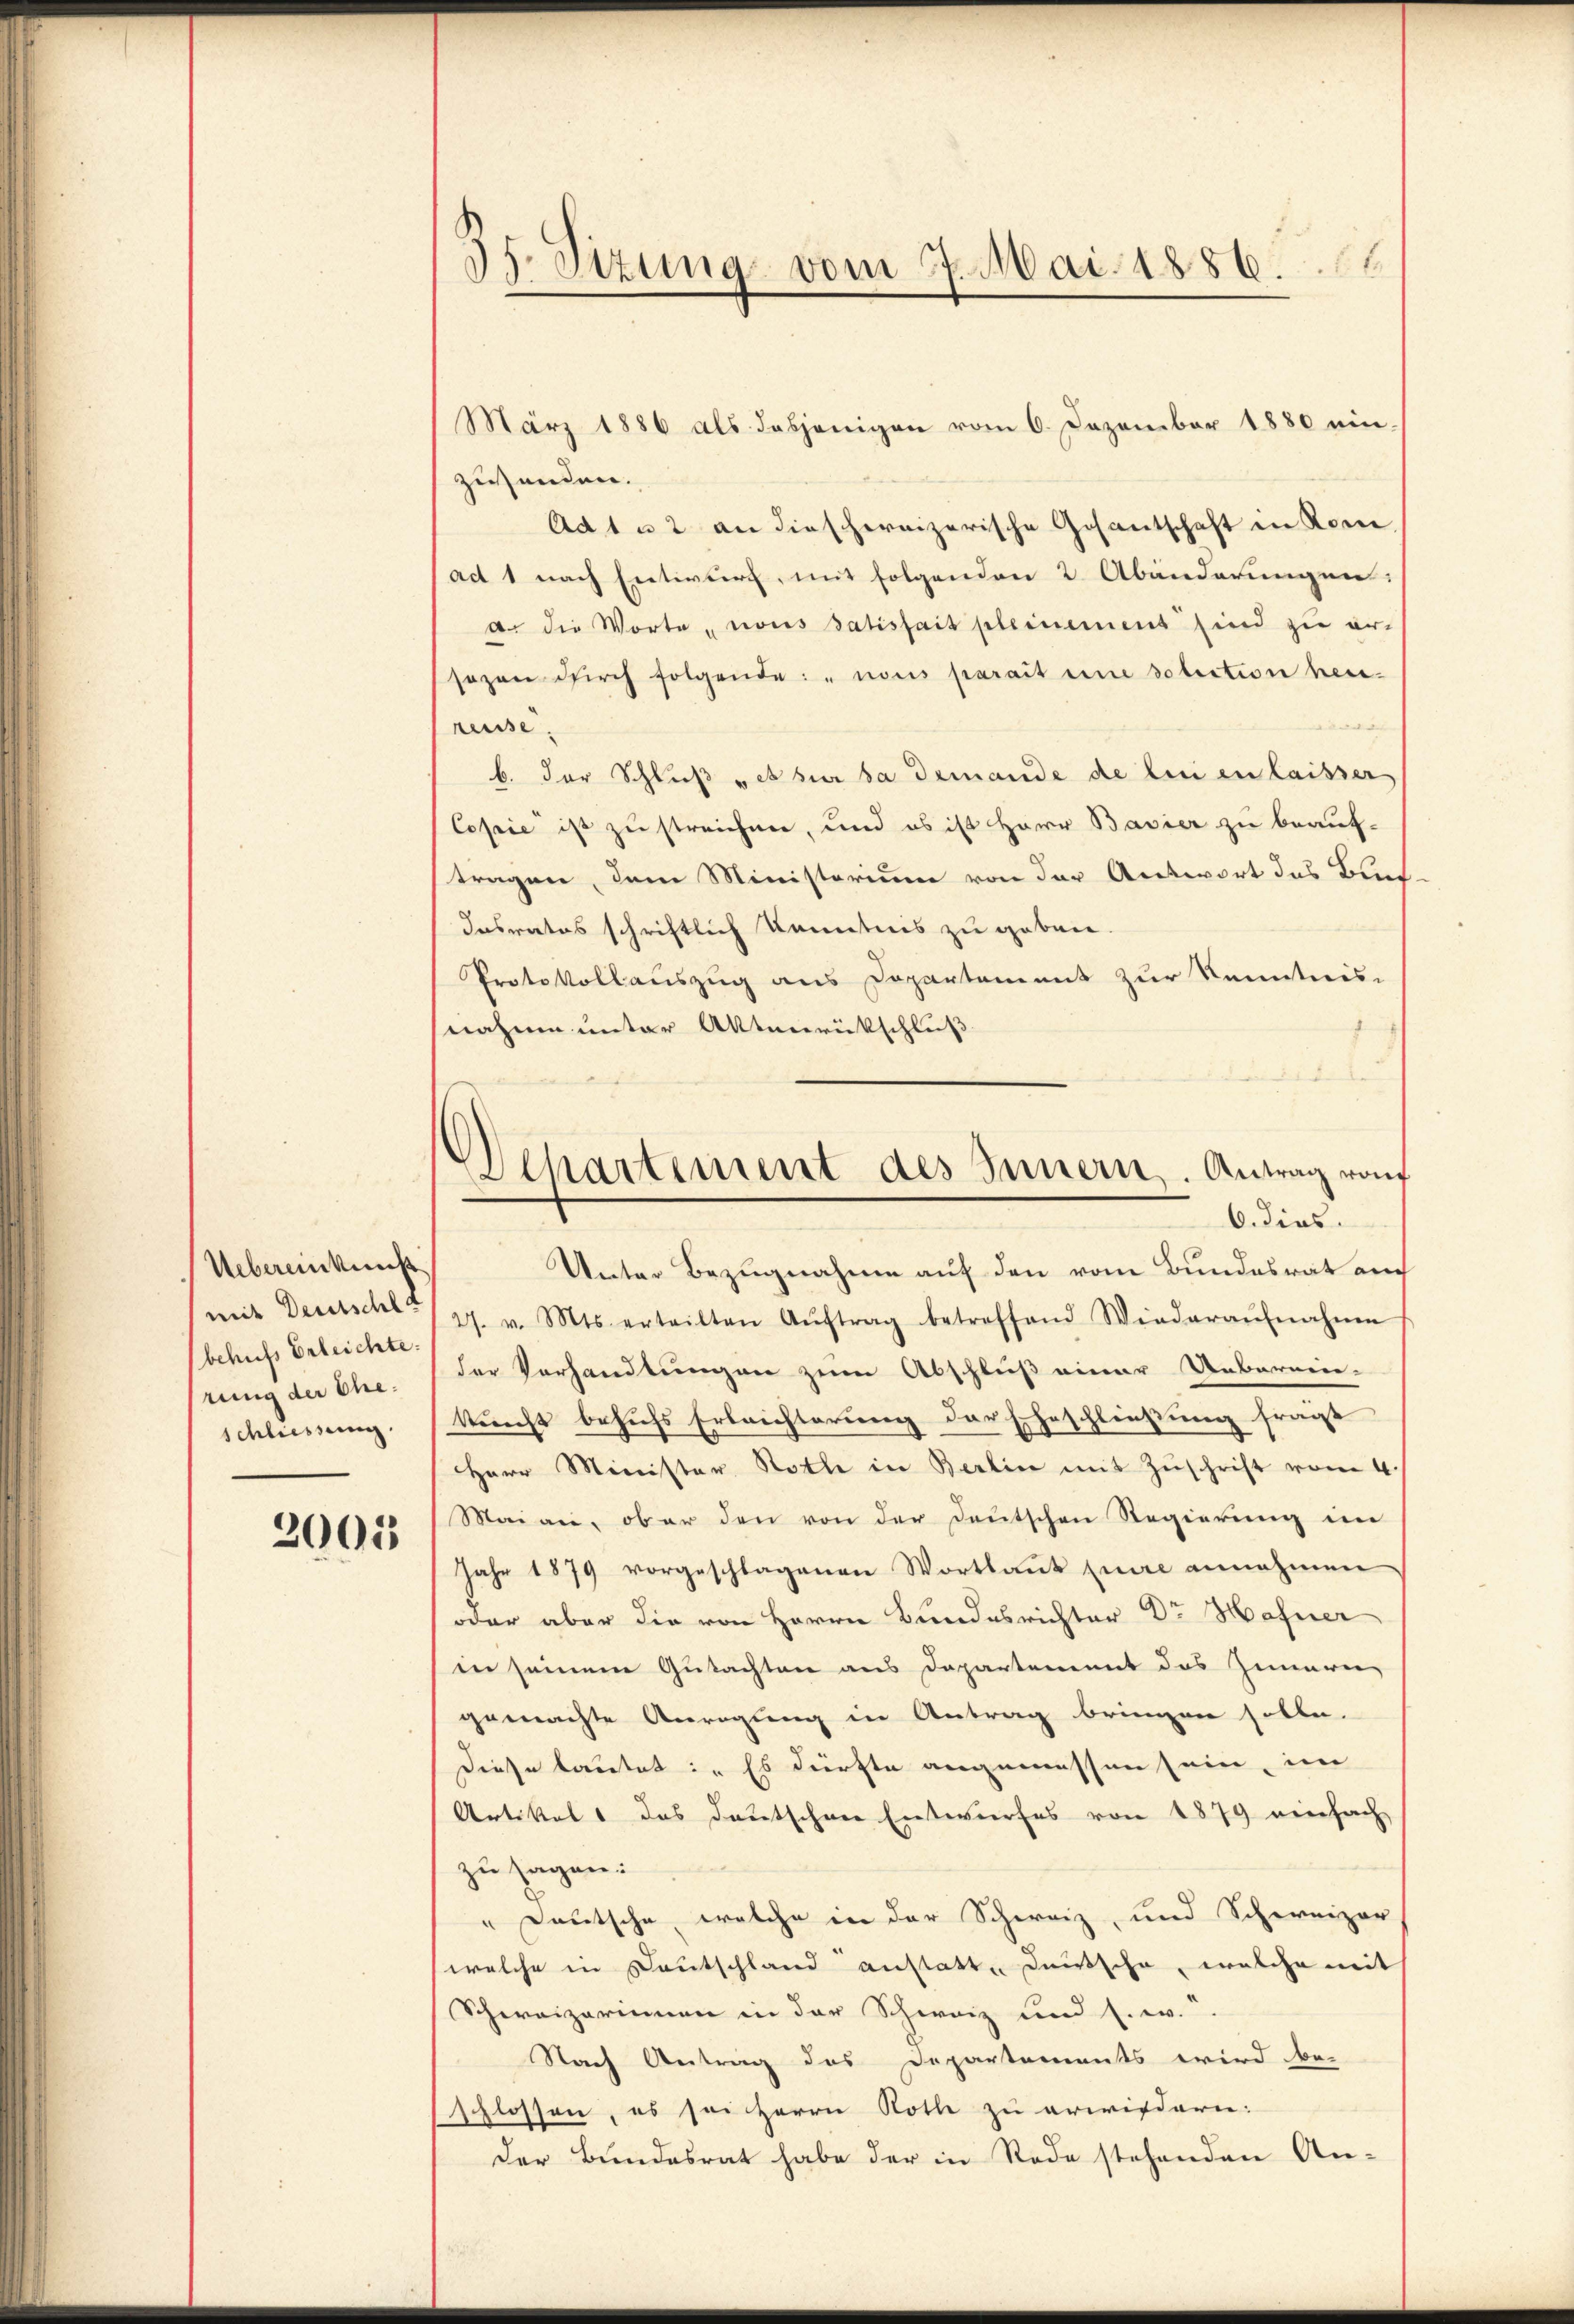
Uebereinkunft
mit Deutschla
behufs Erleichte:
rung der Eheschliessung.

2005

57. Sizung vom 7. Mai 1886.

Dehartement des Innern. Antrag von
6. dies

März 1886 als dasjenigen vom 6. Dezember 1880 ein-
zuenden.
Ad1 u 2 an dieschweizerische Gesantschaft in Rome
adt 1 nach Entwurf, mit folgenden 2 Abänderungen:
a. die Worte nous satisfait pleinement sind zu er-
sozen durch folgende: "nous parait eine solection heireuse.
b. der Schluß et sur da demande de lui en laisser
Copie ist zu streichen, und es ist Herr Bavier zu beauf-
stragen, dem Ministorium von der Antwort das Buch
Insrates schriftlich Kenntnis zu geben.
Protokollauszug aus Departement zur Kenntnis-
nahme unter Altnerückschluß
Unter Bezugnahme auf den vom Bundesrat auch
27. v. Mts. erteilten Aŭftrag betreffend Wiederaŭfnahme
der Verhandlungen zum Abschluß einer Uebernen-
kunft behufs Erleichterung der Eheschließung fragt
Herr Minister Rothe in Berlin mit Zuschrift vom 4.
Maian, ober den von der Deutschen Regierung im
Jahr 1879 vorgeschlagenen Wortlaut eine annehmen
oder aber die von Herrn Bundesrichter Dr. Hafner
in seinem Gutachten aus Departement das Zimerer
gemachte Anregung in Antrag bringen solle.
Diese lautet: Es dürfte angemessen sein, im
Artikel das deutschen Entwurfes von 1879 einfach
zu sagen:
"Deutsche, welche in der Schweiz, und Schweizer
welche in Deutschland anstatte deutsche, welche mit
Schweizerinnen in der Schweiz und s. w.
Nach Antrag des Departements wird be-
schlossen, es sei Herrn Roth zu erwiedern:
der Bundesrat habe der in Rode stehenden An-